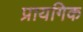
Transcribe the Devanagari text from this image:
प्रायगिक